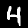
Digit: 4